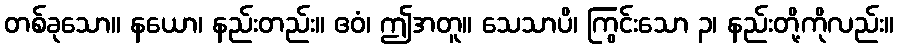
တစ်ခုသော။ နယော၊ နည်းတည်း။ ဧဝံ၊ ဤအတူ။ သေသာပိ၊ ကြွင်းသော ၃၊ နည်းတို့ကိုလည်း။